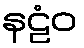
နဠံဝ